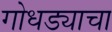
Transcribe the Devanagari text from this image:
गोधड्याचा